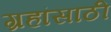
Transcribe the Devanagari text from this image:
ग्रहांसाठी